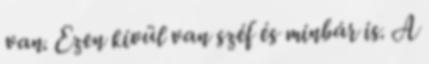
van. Ezen kívül van széf és minbár is. A